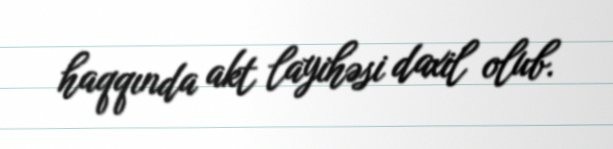
haqqında akt layihəsi daxil olub.